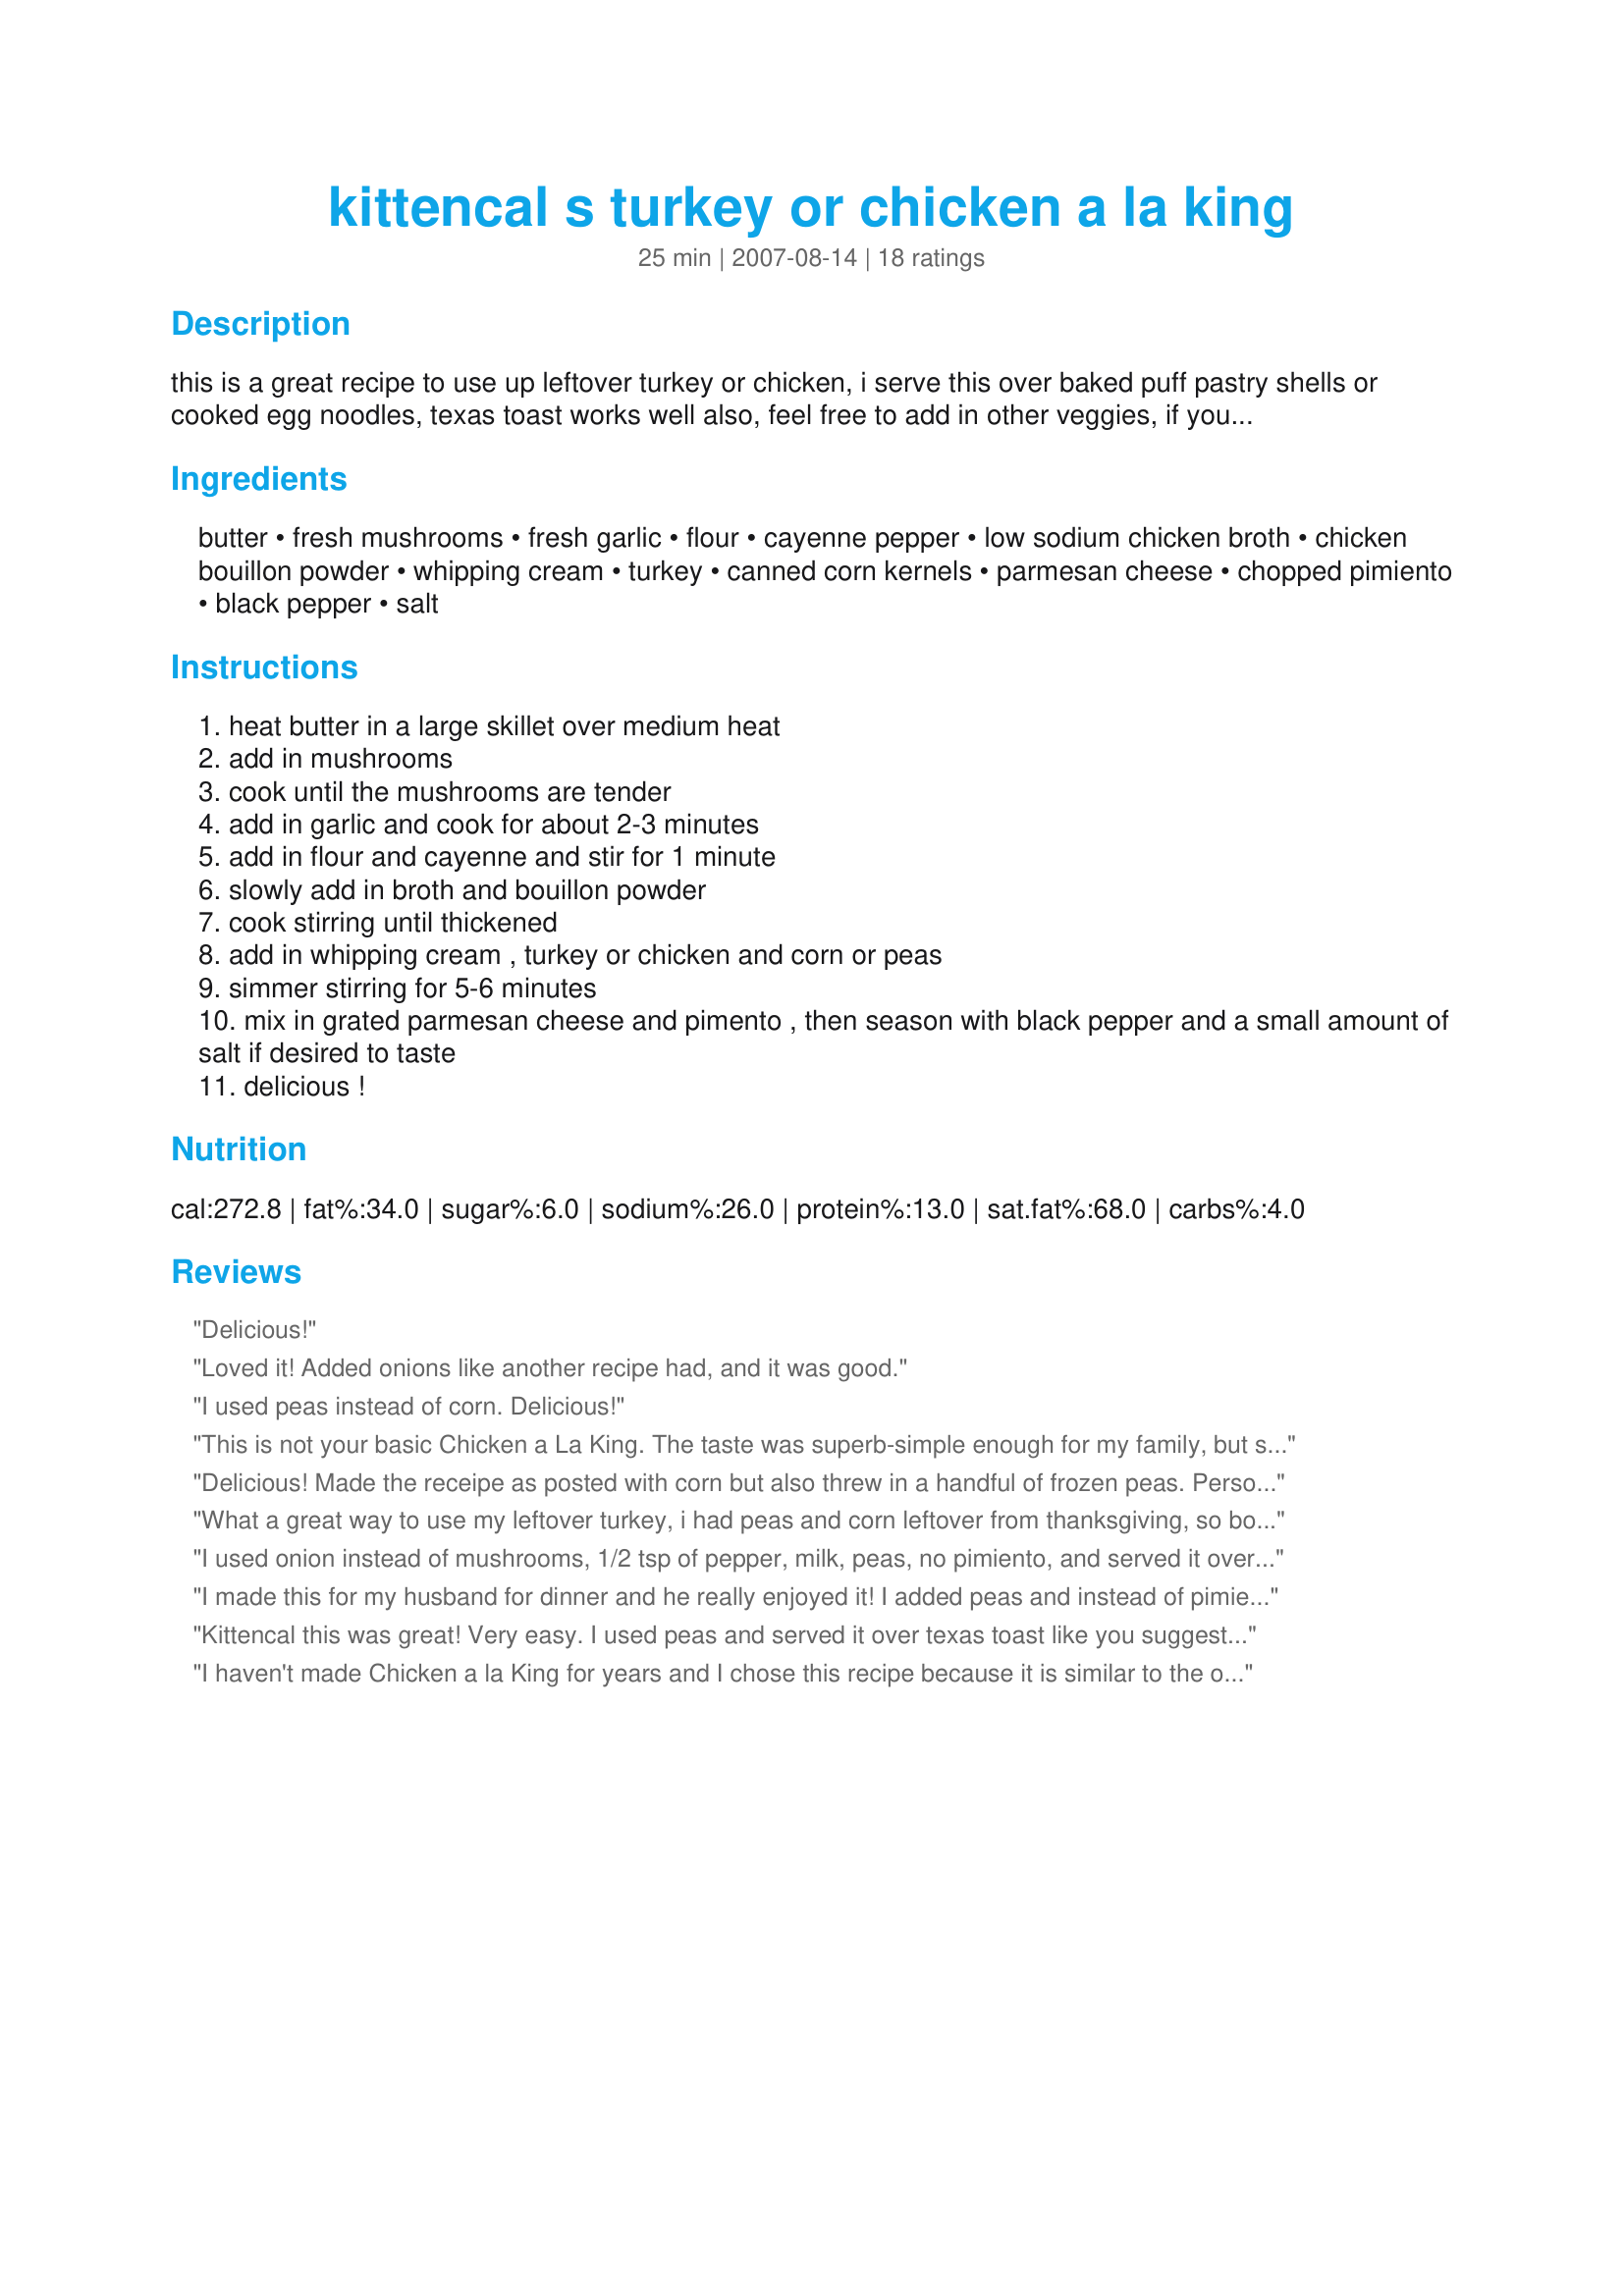
kittencal s turkey or chicken a la king
Preparation time: 25 minutes

this is a great recipe to use up leftover turkey or chicken, i serve this over baked puff pastry shells or cooked egg noodles, texas toast works well also, feel free to add in other veggies, if you don't care for garlic then omit and just use the mushrooms, this recipe may be doubled if desired to serve 6-8 --- you will *love* this! :)

Ingredients:
butter, fresh mushrooms, fresh garlic, flour, cayenne pepper, low sodium chicken broth, chicken bouillon powder, whipping cream, turkey, canned corn kernels, parmesan cheese, chopped pimiento, black pepper, salt

Steps:
heat butter in a large skillet over medium heat
add in mushrooms
cook until the mushrooms are tender
add in garlic and cook for about 2-3 minutes
add in flour and cayenne and stir for 1 minute
slowly add in broth and bouillon powder
cook stirring until thickened
add in whipping cream , turkey or chicken and corn or peas
simmer stirring for 5-6 minutes
mix in grated parmesan cheese and pimento , then season with black pepper and a small amount of salt if desired to taste
delicious !

Reviews:
Delicious!
Loved it! Added onions like another recipe had, and it was good.
I used peas instead of corn. Delicious!
This is not your basic Chicken a La King. The taste was superb-simple enough for my family, but superb enough to serve for company. Served this over puff pastry shells.
Delicious! Made the receipe as posted with corn but also threw in a handful of frozen peas. Personal preference I think I would just use peas next time. Served over the puff patty shells. A very filling receipe that looks and tastes great. Using the leftovers tonight over broad egg noodles. I can't wait to try this with leftover turkey. Thanks!
What a great way to use my leftover turkey, i had peas and corn leftover from thanksgiving, so both of those went in. I poured it into a casserole dish and topped it with a layer of refrigerater crescent rolls, and baked for 30 mins at 325. everyone in my family loved this.
I used onion instead of mushrooms, 1/2 tsp of pepper, milk, peas, no pimiento, and served it over puff pastry rounds. For our tastes, I am glad I didn&#039;t add any additional pepper! I think next time I may also leave out the parmesean--to me, it didn&#039;t taste quite like Chicken a La King with that flavor included. Thanks for a quick and easy dinner!
I made this for my husband for dinner and he really enjoyed it! I added peas and instead of pimiento I used red bell pepper. Thank you Kitten for a dish that will be repeated!
Kittencal this was great! Very easy. I used peas and served it over texas toast like you suggested and it was a nice change. The kids loved it too! I will definiely be making this again. Thanks!
I haven't made Chicken a la King for years and I chose this recipe because it is similar to the one that I used in the past! I made a couple of minor changes which I'm sure would not affect the outcome. I sauteed a chopped onion at step 1, used half & half to reduce the fat, added frozen (but thawed) mushrooms & corn at step 5 and omitted the pimento as I didn't have. I prepared the recipe early in the day & reheated in a double boiler while I was baking some frozen patry shells. Dinner was delicious - the flavour of the sauce is strengthened by the bouillon. when repeating this recipe, I would choose frozen peas but only to add colour to the dish. Thanx for another good one Carol!
This was very tasty. I used both peas and corn and served over rice. I did need to add about 1/2 - 1 cup more chicken broth than called for in the recipe. I would definitely make this again. Thanks for sharing.
Wow, thanks for sharing Kitten. I choose to make this because it is similar to one I make. My dh is a very picky guy and he loved this. What&#039;s not to like ... it was awesome, rich, silky, smooth, full of flavor, great textures. The perfect comfort dish. Made as written but omitted the red pepper and pimentos, I did add some pan fried sweet onions. I will be making this again. Thanks for making our turkey leftovers taste great. Made for What&#039;s on the Menu? Tag Game
Delicious! This tastes very similar to something my German mother would make called "Huehner Frickasee". I loved that it had so much flavor! I don't use bouillon cubes (msg sensitivity) so I boiled the chicken in chicken stock and then used the "juices" in the pot for the chicken stock in the recipe. I also added two bay leaves for flavor and it turned out wonderfully without the cube. Also I used canned asparagus instead of pimento simply because I like asparagus and I had it one hand and I think it went really well with this recipe. Thank you for posting this- you always have incredibly delicious recipes :)
This was so good -- and we used MILK!!! The whole family loved it, and it is a great and easy way to use leftover turkey. We served it over thick French bread. Wouldn't change a thing. Thanks, Kittencal!
Very good! It was a winner with the kids. Used leftover turkey and milk instead of cream, but will definitely make it again. If you added bow tie pasta, it would taste a lot like the Bertolli Chicken Florentine dinner (just need to add some frozen spinach with the veggies.)
I knew this would be great it's from Kittencal and it was! not good it was fantastic, as always yours recipes are simply the best, thanks Kit.
Ok!!! Wow! This was like no other chicken a La King I have ever had. Absolutely outstanding! My husband loved it - finished off everything that I didn't eat. :) I only used peas in the recipe - no corn. I alos reduced the garlic to two teaspoons. Thank you for posting this. Incredible!
FABULOUS! Thank you for yet ANOTHER wonderful recipe! I will make again! xo LA :-)
